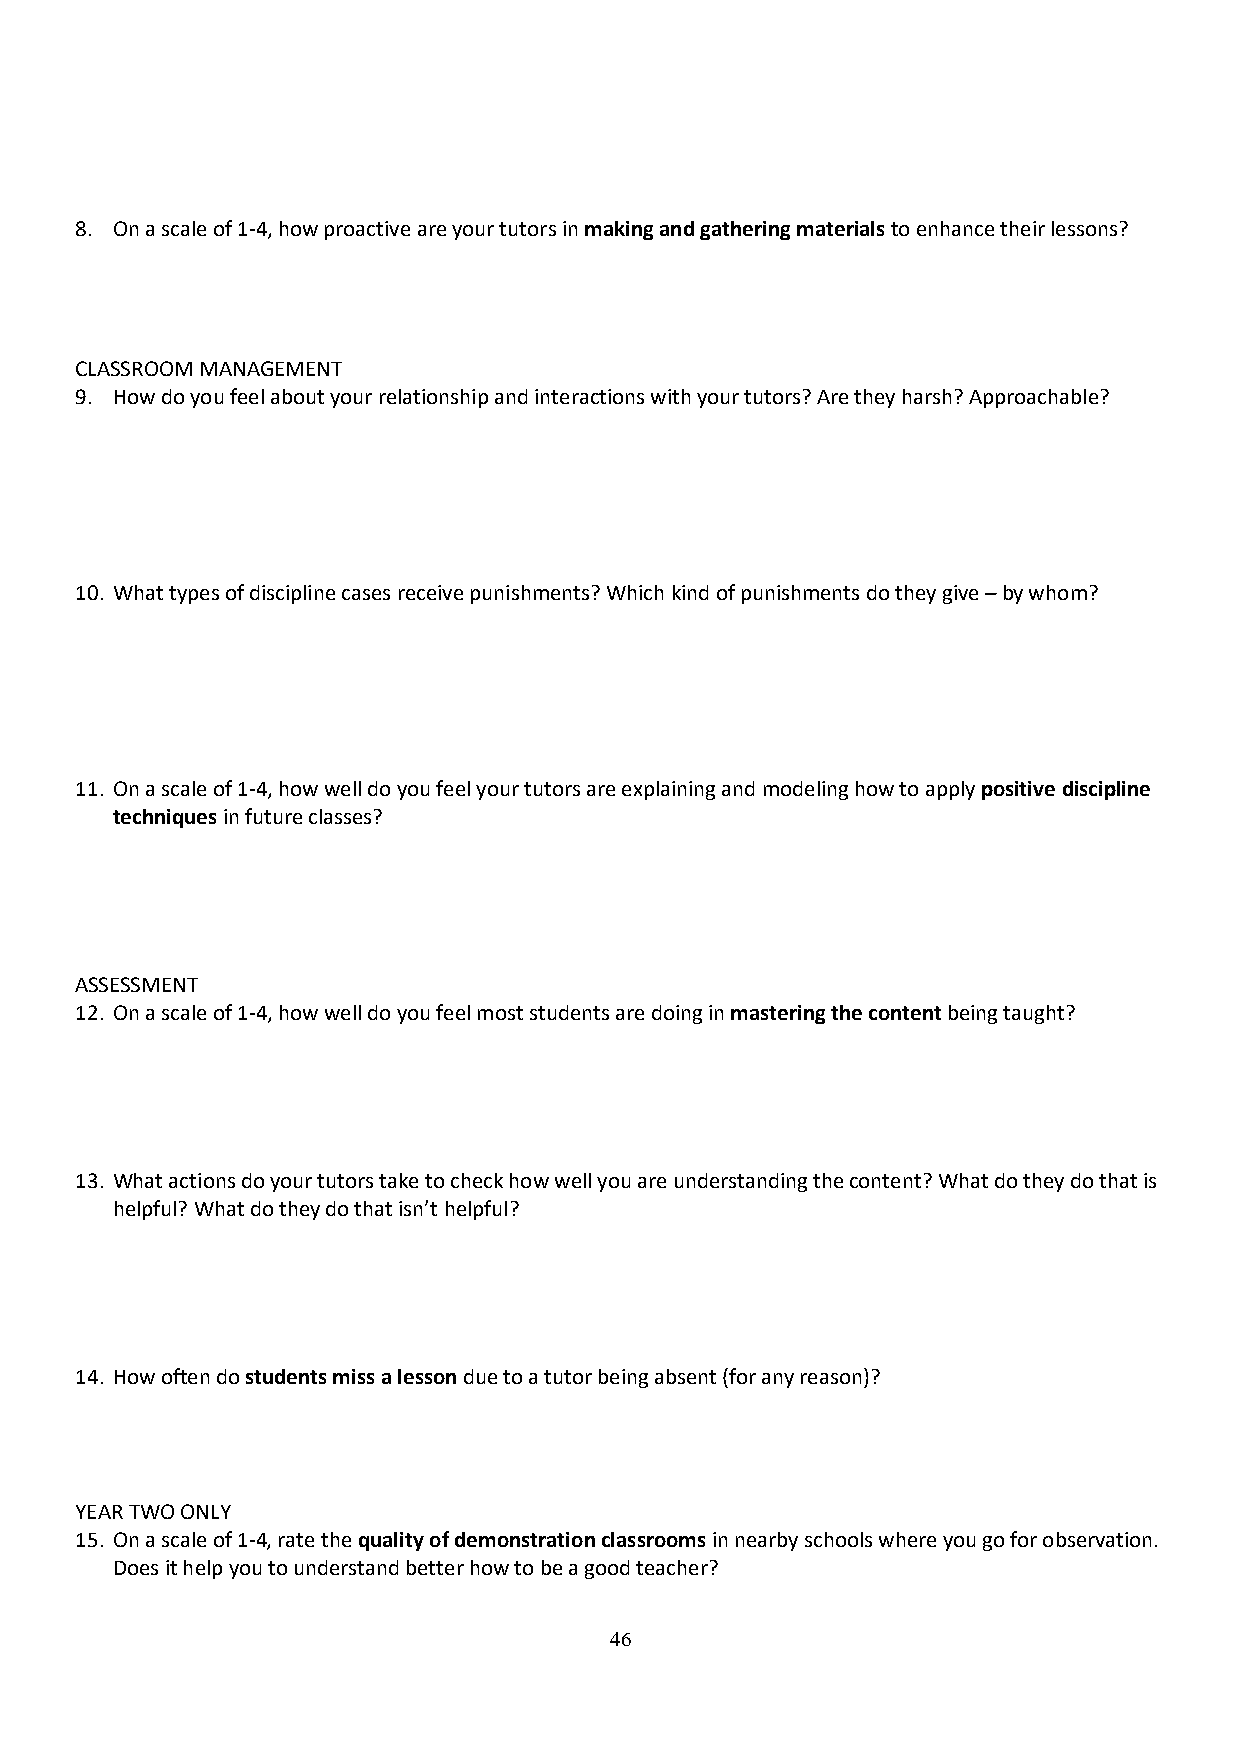
8. On a scale of 1-4, how proactive are your tutors in making and gathering materials to enhance their lessons?
 CLASSROOM MANAGEMENT
 9. How do you feel about your relationship and interactions with your tutors? Are they harsh? Approachable?
 10. What types of discipline cases receive punishments? Which kind of punishments do they give – by whom?
 11. On a scale of 1-4, how well do you feel your tutors are explaining and modeling how to apply positive discipline
 techniques in future classes?
 ASSESSMENT
 12. On a scale of 1-4, how well do you feel most students are doing in mastering the content being taught?
 13. What actions do your tutors take to check how well you are understanding the content? What do they do that is
 helpful? What do they do that isn’t helpful?
 14. How often do students miss a lesson due to a tutor being absent (for any reason)?
 YEAR TWO ONLY
 15. On a scale of 1-4, rate the quality of demonstration classrooms in nearby schools where you go for observation.
 Does it help you to understand better how to be a good teacher?
 46